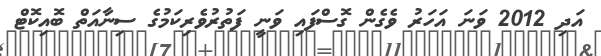
އަދި 2012 ވަނަ އަހަރު ވެގެން ގޮސްފައި ވަނީ ފަތުރުވެރިކަމުގެ ސިނާއަތް ބޮއިކޮޓް